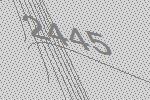
2445